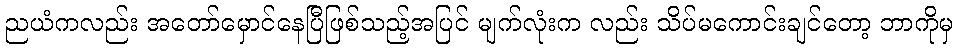
ညယံကလည်း အတော်မှောင်နေပြီဖြစ်သည့်အပြင် မျက်လုံးက လည်း သိပ်မကောင်းချင်တော့ ဘာကိုမှ